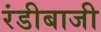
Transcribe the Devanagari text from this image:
रंडीबाजी